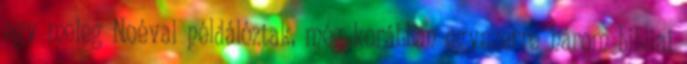
egy meleg Noéval példálóztak, még korábban egyszerre három bibliai